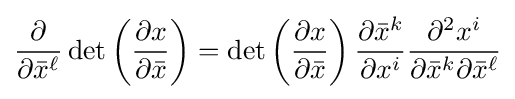
{\frac {\partial }{\partial {\bar {x}}^{\ell }}}\det \left({\frac {\partial x}{\partial {\bar {x}}}}\right)=\det \left({\frac {\partial x}{\partial {\bar {x}}}}\right){\frac {\partial {\bar {x}}^{k}}{\partial x^{i}}}{\frac {\partial ^{2}x^{i}}{\partial {\bar {x}}^{k}\partial {\bar {x}}^{\ell }}}